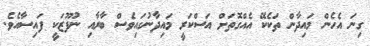
ގިނަ އެހެން މައިދާން ތަކެކޭ އެއްގޮތަށް އަސްކަރީ މައިދާނުގައިވެސް ބާރާއި ނުފޫޒަކީ ފައިސާއެވެ.